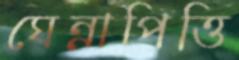
ঘেন্নাপিত্তি